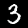
Label: 3